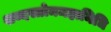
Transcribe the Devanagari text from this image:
शब्दस्तोममहानिधि